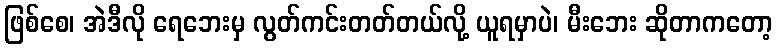
ဖြစ်စေ၊ အဲဒီလို ရေဘေးမှ လွတ်ကင်းတတ်တယ်လို့ ယူရမှာပဲ၊ မီးဘေး ဆိုတာကတော့